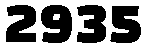
2935